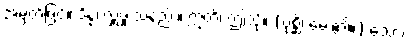
အမှတ်ဖြင့်။ ဒိန္နံ၊ လှူဖူးသနည်း။ ဣတိ၊ ဤသို့။ (ပုစ္ဆိ၊ မေး၏။) သော၊